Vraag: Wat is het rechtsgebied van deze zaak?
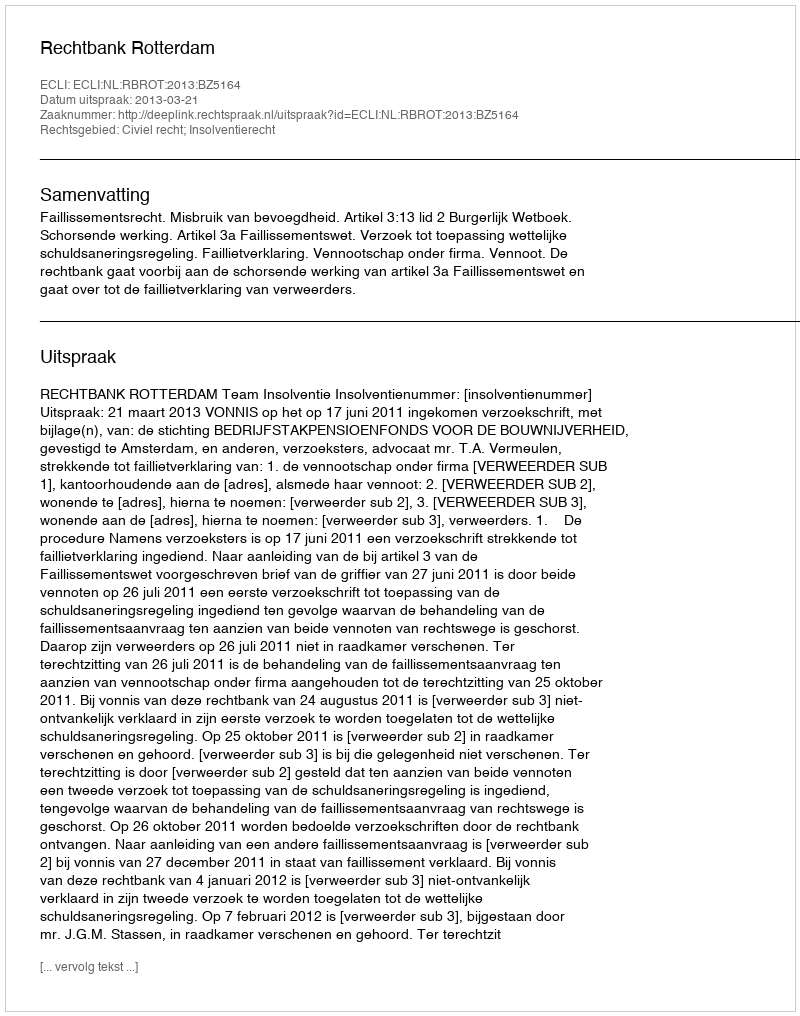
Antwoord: Civiel recht; Insolventierecht